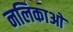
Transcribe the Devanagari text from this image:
नलिकाआें